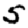
Digit: 5